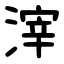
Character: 滓